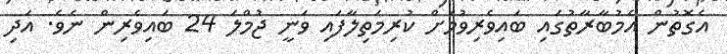
އެގޮތުން އެމުބާރާތުގައި ބައިވެރިވުމަށް ކުރިމަތިލާފައި ވަނީ ޖުމްލަ 24 ބައިވެރިން ނެވެ. އަދި